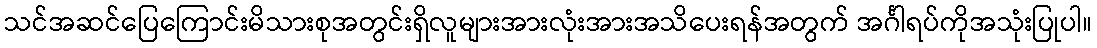
သင်အဆင်ပြေကြောင်းမိသားစုအတွင်းရှိလူများအားလုံးအားအသိပေးရန်အတွက် အင်္ဂါရပ်ကိုအသုံးပြုပါ။